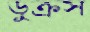
ডুক্‌রস